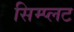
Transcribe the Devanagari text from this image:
सिम्प्लट